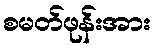
စမတ်ဖုန်းအား